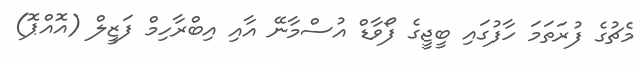
މެޗުގެ ފުރަތަމަ ހާފުގައި ބީޖީގެ ފޯވާޑް އުސްމާނޭ އާއި އިބްރާހިމް ފަޒީލް (އޮއްޕޮ)